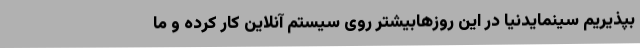
بپذیریم سینمایدنیا در این روزهابیشتر روی سیستم آنلاین کار کرده و ما